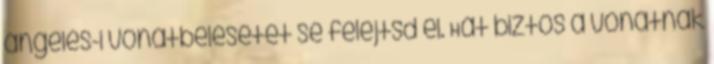
angeles-i vonatbelesetet se felejtsd el. Hát biztos a vonatnak